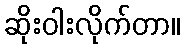
ဆိုးဝါးလိုက်တာ။